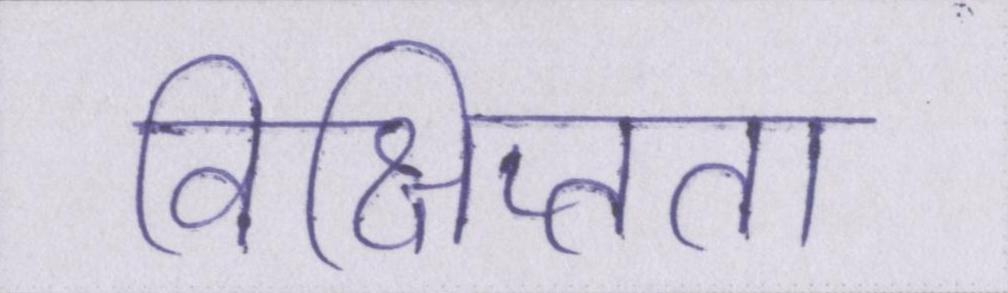
विक्षिप्तता